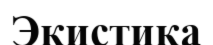
Экистика